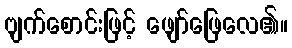
ဗျက်စောင်းဖြင့် ဖျော်ဖြေလေ၏။